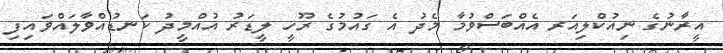
އީރާނުގެ ނިއުކްލިއަރ އެއްބަސްވުމާ މެދު އެ ގައުމުގެ ރޫހީ ލީޑަރު އުއްމީދު ކަނޑުއްވާލައްވައިފި